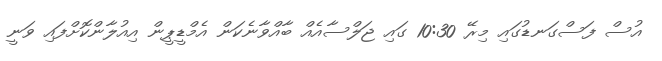
އުސް ފަސްގަނޑުގައި މިރޭ 10:30 ގައި ޖަލްސާއެއް ބާއްވާނެކަން އެމްޑީޕީން އިއުލާންކޮށްފައި ވަނީ